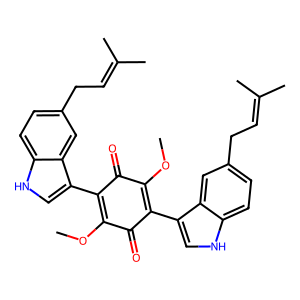
SMILES: COC1=C(c2c[nH]c3ccc(CC=C(C)C)cc23)C(=O)C(OC)=C(c2c[nH]c3ccc(CC=C(C)C)cc23)C1=O
Inhibits HIV replication: No